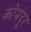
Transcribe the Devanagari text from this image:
कोमंदूर